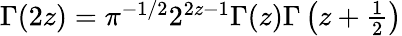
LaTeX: \begin{array}{r}{\Gamma(2z)=\pi^{-1/2}2^{2z-1}\Gamma(z)\Gamma\left(z+\frac{1}{2}\right)}\end{array}